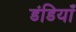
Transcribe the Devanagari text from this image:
डंडियाँ